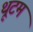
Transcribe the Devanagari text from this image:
थूटम